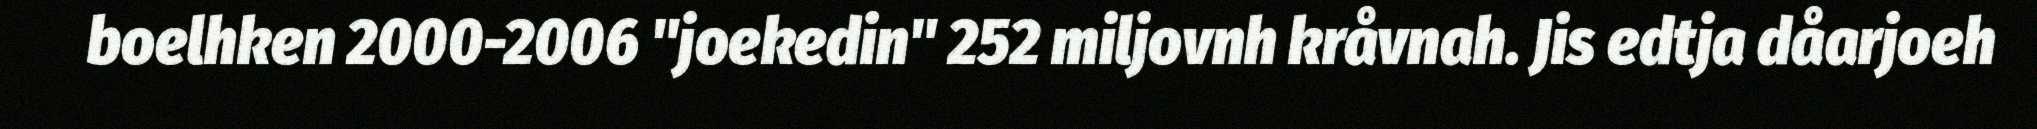
boelhken 2000-2006 "joekedin" 252 miljovnh kråvnah. Jis edtja dåarjoeh